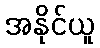
အနိုင်ယူ